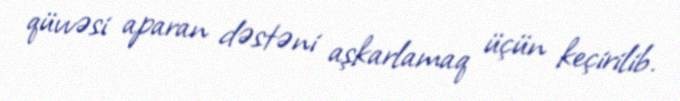
qüvvəsi aparan dəstəni aşkarlamaq üçün keçirilib.